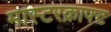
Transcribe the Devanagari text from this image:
मास्टरक्राफ्ट